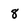
Character: 8